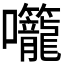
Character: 𭍌